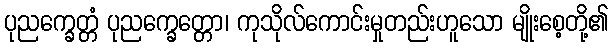
ပုညက္ခေတ္တံ ပုညက္ခေတ္တော၊ ကုသိုလ်ကောင်းမှုတည်းဟူသော မျိုးစေ့တို့၏